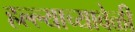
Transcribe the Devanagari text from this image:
हल्ल्याच्यावेळी